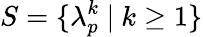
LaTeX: S=\{ \lambda_{p}^{k}\ |\ k\geq 1\}